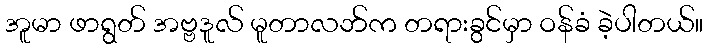
အူမာ ဖာရွတ် အဗ္ဗဒူလ် မူတာလဘ်က တရားခွင်မှာ ဝန်ခံ ခဲ့ပါတယ်။